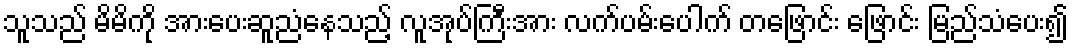
သူသည် မိမိကို အားပေးဆူညံနေသည့် လူအုပ်ကြီးအား လက်ပမ်းပေါက် တဖြောင်း ဖြောင်း မြည်သံပေး၍